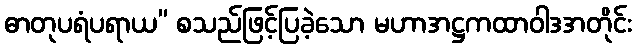
ဓာတုပရံပရာယ” စသည်ဖြင့်ပြခဲ့သော မဟာအဋ္ဌကထာဝါဒအတိုင်း